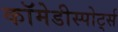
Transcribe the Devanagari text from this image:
कॉमेडीस्पोर्ट्स